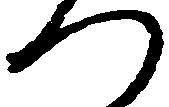
つ